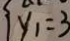
y _ { 1 } = 3